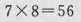
$$7 \times 8 = 5 6$$